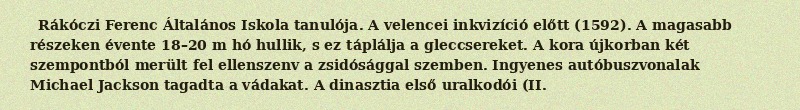
Rákóczi Ferenc Általános Iskola tanulója. A velencei inkvizíció előtt (1592). A magasabb részeken évente 18–20 m hó hullik, s ez táplálja a gleccsereket. A kora újkorban két szempontból merült fel ellenszenv a zsidósággal szemben. Ingyenes autóbuszvonalak Michael Jackson tagadta a vádakat. A dinasztia első uralkodói (II.